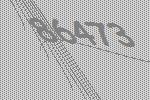
86473